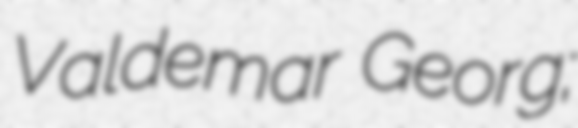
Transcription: Valdemar Georg;